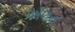
ઍલન